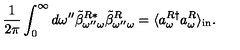
\frac { 1 } { 2 \pi } \int _ { 0 } ^ { \infty } d \omega ^ { \prime \prime } \tilde { \beta } _ { \omega ^ { \prime \prime } \omega } ^ { R * } \tilde { \beta } _ { \omega ^ { \prime \prime } \omega } ^ { R } = \langle a _ { \omega } ^ { R \dag } a _ { \omega } ^ { R } \rangle _ { \mathrm { { i n } } } .